Scottish Certificate of Education, 1962
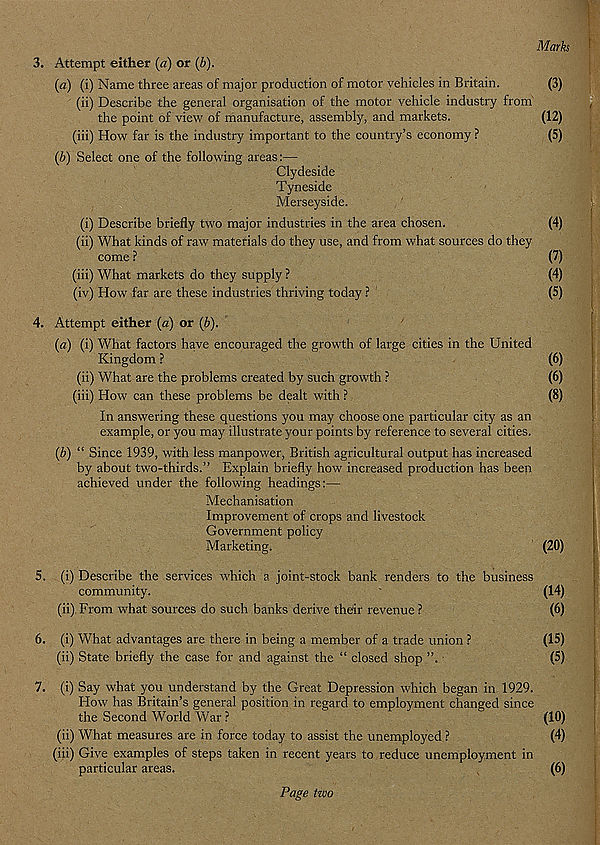
Marks
3. Attempt either (a) or (b).
(a) (i) Name three areas of major production of motor vehicles in Britain.
(3)
(ii) Describe the general organisation of the motor vehicle industry from
the point of view of manufacture, assembly, and markets.
(12)
(iii) How far is the industry important to the country’s economy ?
(5)
(b) Select one of the following areas:—•
Clydeside
Tyneside
Merseyside.
(i) Describe briefly two major industries in the area chosen.
(4)
(ii) What kinds of raw materials do they use, and from what sources do they
come ?
(7)
(iii) What markets do they supply ?
(4)
(iv) How far are these industries thriving today ?
(5)
4. Attempt either (a) or (b).
(a) (i) What factors have encouraged the growth of large cities in the United
Kingdom ?
(6)
(ii) What are the problems created by such growth ?
(6)
(iii) How can these problems be dealt with ?
(8)
In answering these questions you may choose one particular city as an
example, or you may illustrate your points by reference to several cities.
(b) “ Since 1939, with less manpower, British agricultural output has increased
by about two-thirds.” Explain briefly how increased production has been
achieved under the following headings:—
Mechanisation
Improvement of crops and livestock
Government policy
Marketing.
(20)
5. (i) Describe the services which a joint-stock bank renders to the business
community.
(14)
(ii) From what sources do such banks derive their revenue ?
(6)
6. (i) What advantages are there in being a member of a trade union ?
(15)
(ii) State briefly the case for and against the “ closed shop ”.
(5)
7. (i) Say what you understand by the Great Depression which began in 1929.
Flow has Britain’s general position in regard to employment changed since
the Second World War ?
(10)
(ii) What measures are in force today to assist the unemployed ?
(4)
(iii) Give examples of steps taken in recent years to reduce unemployment in
particular areas.
(6)
Page tzvo